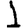
Digit: 1